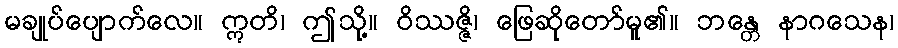
မချုပ်ပျောက်လေ။ ဣတိ၊ ဤသို့။ ဝိဿဇ္ဇိ၊ ဖြေဆိုတော်မူ၏။ ဘန္တေ နာဂသေန၊